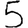
Digit: 5